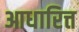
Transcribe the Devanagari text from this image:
आधारित्त